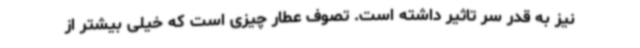
نیز به قدر سر تاثیر داشته است. تصوف عطار چیزی است که خیلی بیشتر از